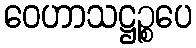
ဝေဟာသဋ္ဌဉ္စပေ